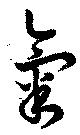
氣